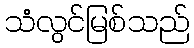
သံလွင်မြစ်သည်